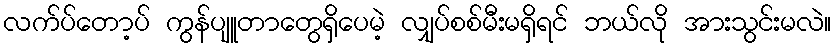
လက်ပ်တော့ပ် ကွန်ပျူတာတွေရှိပေမဲ့ လျှပ်စစ်မီးမရှိရင် ဘယ်လို အားသွင်းမလဲ။